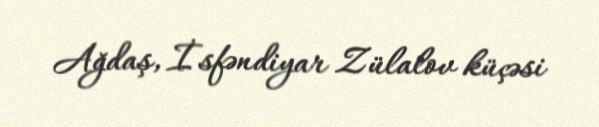
Ağdaş, İsfəndiyar Zülalov küçəsi